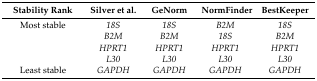
| Stability Rank | Silver et al. | GeNorm | NormFinder | BestKeeper |
 | --- | --- | --- | --- | --- |
 | Most stable | 18S | 18S | B2M | 18S |
 |  | B2M | B2M | 18S | B2M |
 |  | HPRT1 | HPRT1 | HPRT1 | HPRT1 |
 |  | L30 | L30 | L30 | L30 |
 | Least stable | GAPDH | GAPDH | GAPDH | GAPDH |